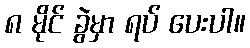
၈ မိုင် ခွဲမှာ ရပ် ပေးပါ။